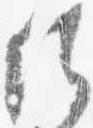
候